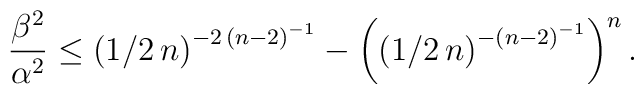
\frac{\beta^{2}}{\alpha^{2}}\le \left (1/2\,n\right )^{-2\,\left(n-2\right )^{-1}}-\left (\left (1/2 \,n\right )^{-\left (n-2\right)^{-1}}\right )^{n}.